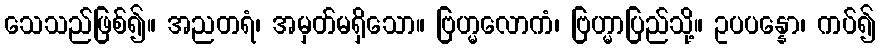
သေသည်ဖြစ်၍။ အညတရံ၊ အမှတ်မရှိသော။ ဗြဟ္မလောကံ၊ ဗြဟ္မာပြည်သို့။ ဥပပန္နော၊ ကပ်၍